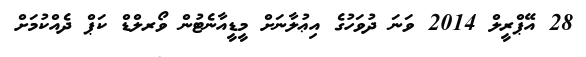
28 އޭޕްރީލް 2014 ވަނަ ދުވަހުގެ އިޢުލާނަށް މީޑީއާނެޓުން ވޯރލްޑް ކަޕް ދެއްކުމަށް